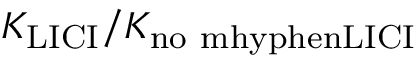
K _ { \mathrm { L I C I } } / K _ { \mathrm { n o \ m h y p h e n L I C I } }